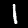
Digit: 1